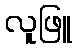
လူဖြူ